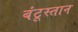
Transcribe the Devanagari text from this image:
बंटूस्तान